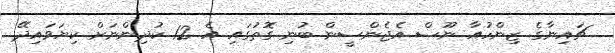
ޗައިނާގެ ޒިންހުއާ ނޫސް އެޖެންސީން ބުނި ގޮތުގައި އެ 12 ކުދިންނަށް ކިޔަވައިދޭ